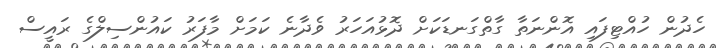
ހެދުން ހުއްޓިފައި އޮންނަތާ ގާތްގަނޑަކަށް ދޮޅުއަހަރު ވެދާނެ ކަމަށް މާފަރު ކައުންސިލްގެ ރައީސް